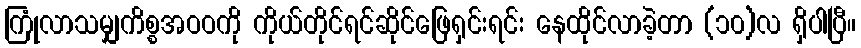
ကြုံလာသမျှကိစ္စအဝဝကို ကိုယ်တိုင်ရင်ဆိုင်ဖြေရှင်းရင်း နေထိုင်လာခဲ့တာ (၁၀)လ ရှိပါပြီ။